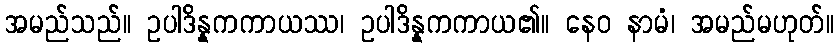
အမည်သည်။ ဥပါဒိန္နကကာယဿ၊ ဥပါဒိန္နကကာယ၏။ နေဝ နာမံ၊ အမည်မဟုတ်။